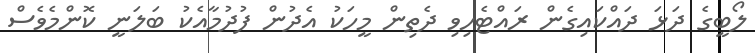
ލޯބީގެ ދަޅަ ދައްކައިގެން ރައްޓެހިވި ދެތިން މީހަކު އެދުން ފުދުމާއެކު ބަލަނީ ކޮންމެވެސް